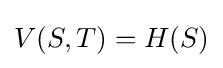
V(S,T)=H(S)